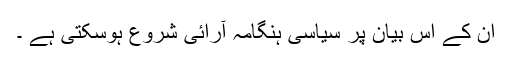
ان کے اس بیان پر سیاسی ہنگامہ آرائی شروع ہوسکتی ہے ۔